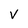
Character: V